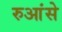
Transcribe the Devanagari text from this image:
रुआंसे